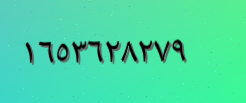
١٦٥٣٦٢٨٢٧٩